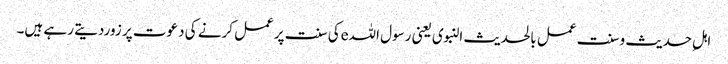
اہلِ حدیث وسنت عمل بالحدیث النبوی یعنی رسول اللہeکی سنت پرعمل کرنے کی دعوت پر زوردیتے رہے ہیں۔